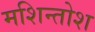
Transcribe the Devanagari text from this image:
मशिन्तोश